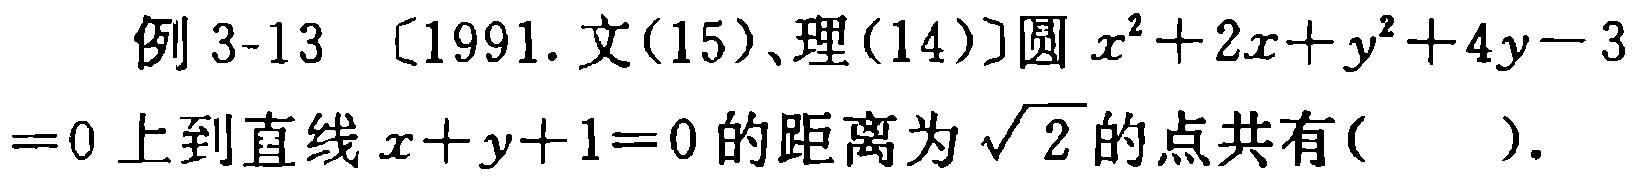
例 3-13 〔1991. 文(15)、理(14)〕圆 \(x^{2}+2x + y^{2}+4y - 3=0\) 上到直线 \(x + y + 1 = 0\) 的距离为 \(\sqrt{2}\) 的点共有( ).